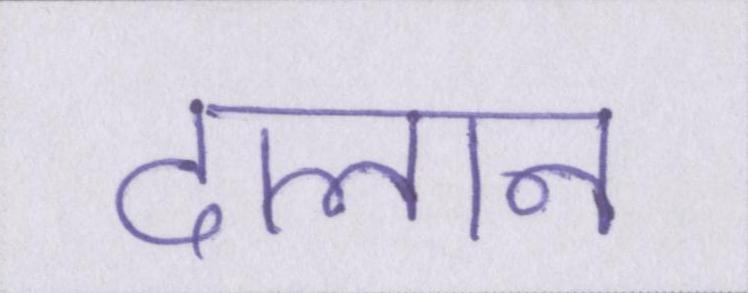
दालान